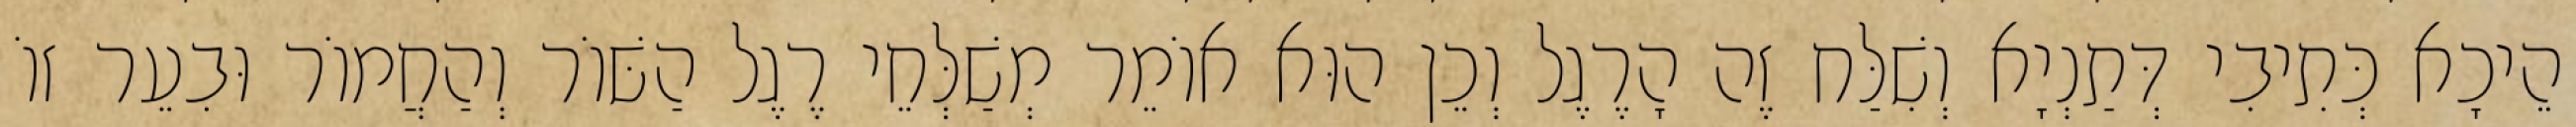
הֵיכָא כְּתִיבִי דְּתַנְיָא וְשִׁלַּח זֶה הָרֶגֶל וְכֵן הוּא אוֹמֵר מְשַׁלְּחֵי רֶגֶל הַשּׁוֹר וְהַחֲמוֹר וּבִעֵר זוֹ